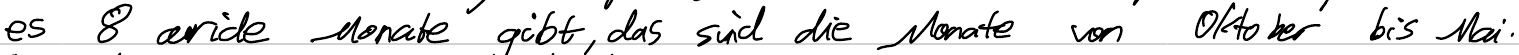
es 9 aride Monate gibt, das sind die Monate von Oktober bis Mai